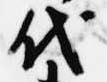
代